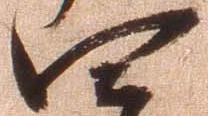
四